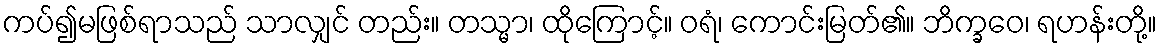
ကပ်၍မဖြစ်ရာသည် သာလျှင် တည်း။ တသ္မာ၊ ထိုကြောင့်။ ဝရံ၊ ကောင်းမြတ်၏။ ဘိက္ခဝေ၊ ရဟန်းတို့။